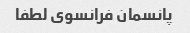
پانسمان فرانسوی لطفا